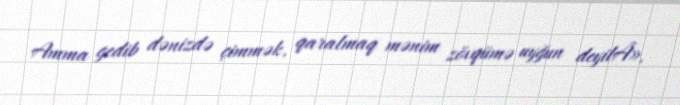
Amma gedib dənizdə çimmək, qaralmaq mənim zövqümə uyğun deyilÂ».